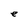
Character: e